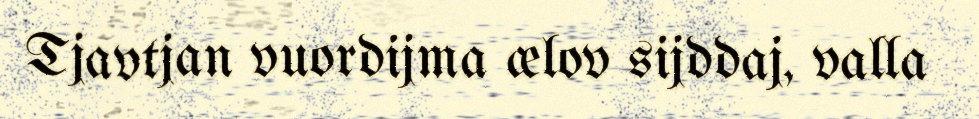
Tjavtjan vuordijma ælov sijddaj, valla